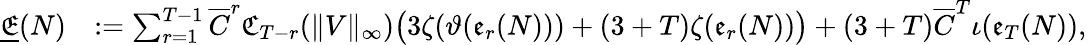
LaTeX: \begin{array}{rl}{\underline{{\mathfrak{E}}}(N)}&{:=\sum_{r=1}^{T-1}\overline{C}^{r}\mathfrak{C}_{T-r}(\| V\| _{\infty})\big(3\zeta(\vartheta(\mathfrak{e}_{r}(N)))+(3+T)\zeta(\mathfrak{e}_{r}(N))\big)+(3+T)\overline{C}^{T}\iota(\mathfrak{e}_{T}(N)),}\end{array}